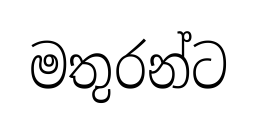
මතුරන්ට